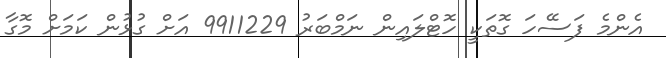
އެންމެ ފަސޭހަ ގޮތަކީ ހޮޓްލައިން ނަމްބަރު 9911229 އަށް ގުޅުން ކަމަށް މޮގާ